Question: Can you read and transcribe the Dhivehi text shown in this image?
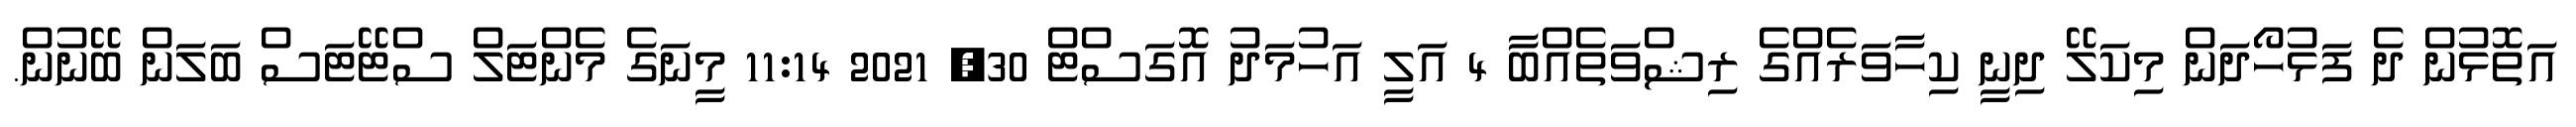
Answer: އަތޮޅުން ދެ ފަޅުހޯދަން މިކަލޭ ދިނީ ކިހާވަރެއްގެ ރިޝްވަތެއްބާ 4 އަލީ އަހުމަދު އޮގަސްޓް 30, 2021 11:14 މީނަގެ މެންޓަލް ސްޓޭޓަސް ބަލަން ބޭނުން.